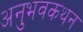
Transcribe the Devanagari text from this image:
अनुभवकथन